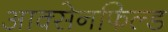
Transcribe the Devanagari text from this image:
आक्सेनफिल्ड